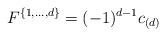
LaTeX: \begin{align*} F^{\{1,\ldots,d\}}=(-1)^{{d-1}}c_{(d)}\end{align*}